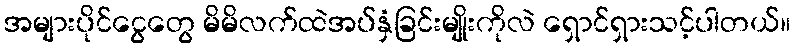
အများပိုင်ငွေတွေ မိမိလက်ထဲအပ်နှံခြင်းမျိုးကိုလဲ ရှောင်ရှားသင့်ပါတယ်။